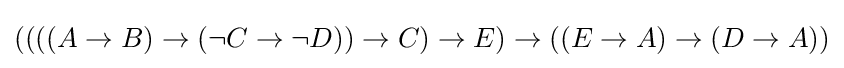
((((A\to B)\to (\neg C\to \neg D))\to C)\to E)\to ((E\to A)\to (D\to A))